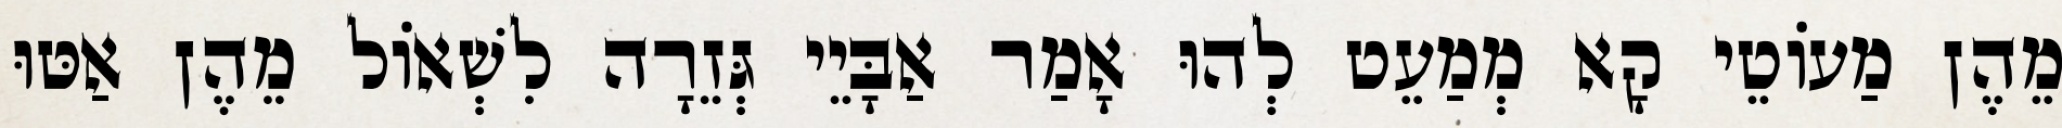
מֵהֶן מַעוֹטֵי קָא מְמַעֵט לְהוּ אָמַר אַבָּיֵי גְּזֵרָה לִשְׁאוֹל מֵהֶן אַטּוּ